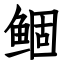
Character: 鲴